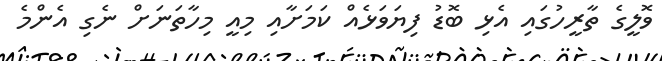
ވޮލީގެ ތާރީހުގައި އެޅި ބޮޑު ފިޔަވަޅެއް ކަމަށާއި މިއީ މިހާތަނަށް ނެގި އެންމެ